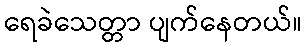
ရေခဲသေတ္တာ ပျက်နေတယ်။